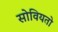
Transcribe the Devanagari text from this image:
सोवियतो